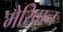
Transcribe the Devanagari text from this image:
मेरिवान